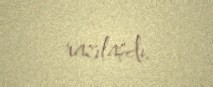
razılaşdı.